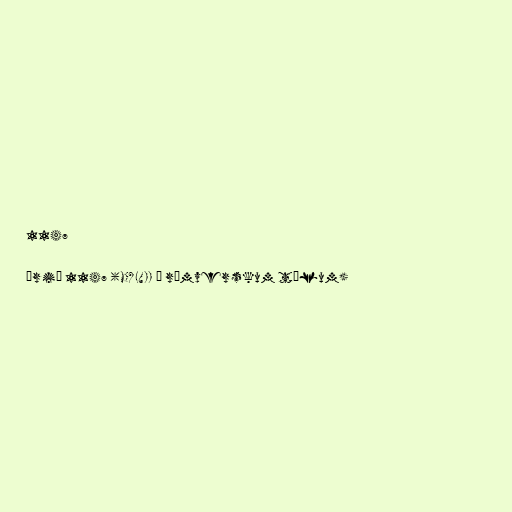
1147

Árið 1147 (MCXLVII í rómverskum tölum)